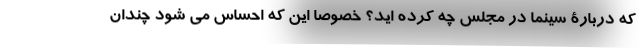
که دربارۀ سینما در مجلس چه کرده اید؟ خصوصا این که احساس می شود چندان